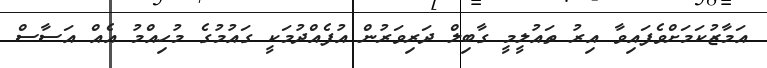
އަމާޒުކަމަށްވެފައިވާ އިރު ތައުލީމީ ގާބިލް ދަރިވަރުން އުފެއްދުމަކީ ގައުމުގެ މުހިއްމު އެއް އަސާސް